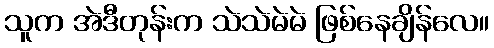
သူက အဲဒီတုန်းက သဲသဲမဲမဲ ဖြစ်နေချိန်လေ။